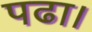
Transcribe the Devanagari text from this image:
पढा।